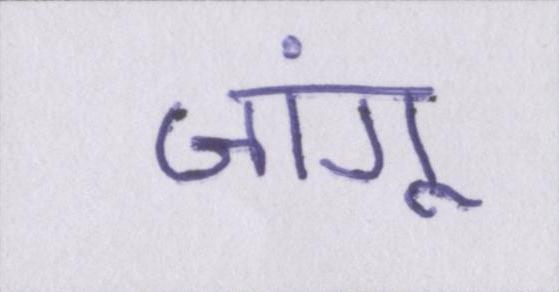
जांगू